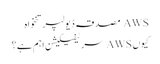
AWS مصدقہ ڈیولپر تنخواہ
کیوں AWS سرٹیفیکیشن اہم ہے؟